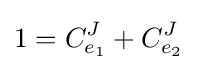
1=C_{e_{1}}^{J}+C_{e_{2}}^{J}